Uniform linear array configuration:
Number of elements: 16
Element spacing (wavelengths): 0.75
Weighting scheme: uniform
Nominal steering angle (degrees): -30
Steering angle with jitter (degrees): -28.91
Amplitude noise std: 0.05
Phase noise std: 0.05

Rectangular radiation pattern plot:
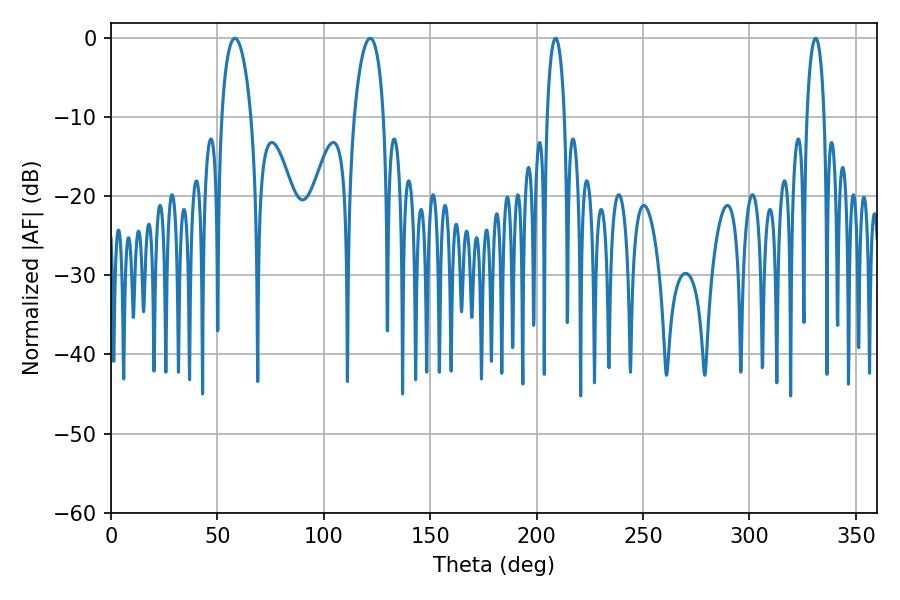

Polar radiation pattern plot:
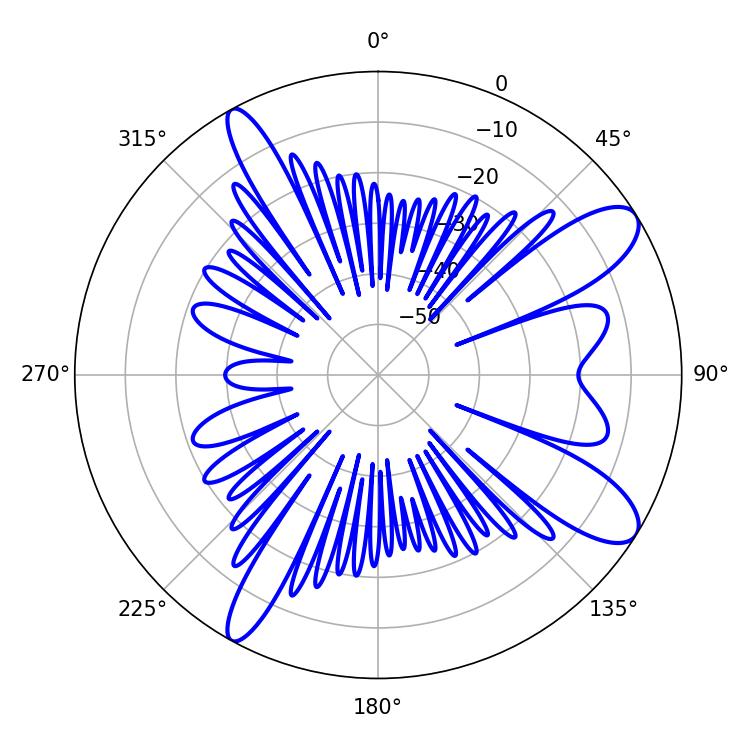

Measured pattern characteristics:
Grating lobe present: TRUE
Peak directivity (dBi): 10.532
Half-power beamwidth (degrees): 7.92
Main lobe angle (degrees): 58.14